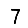
Digit: 7